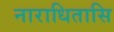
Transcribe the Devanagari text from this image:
नाराधितासि